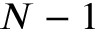
N - 1